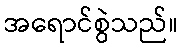
အရောင်စွဲသည်။